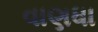
વાણધા